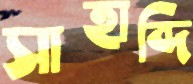
সাহাব্দি